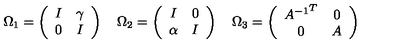
\Omega _ { 1 } = \left( \begin{array} { c c } { I } & { \gamma } \\ { 0 } & { I } \\ \end{array} \right) \quad \Omega _ { 2 } = \left( \begin{array} { c c } { I } & { 0 } \\ { \alpha } & { I } \\ \end{array} \right) \quad \Omega _ { 3 } = \left( \begin{array} { c c } { { A ^ { - 1 } } ^ { T } } & { 0 } \\ { 0 } & { A } \\ \end{array} \right)